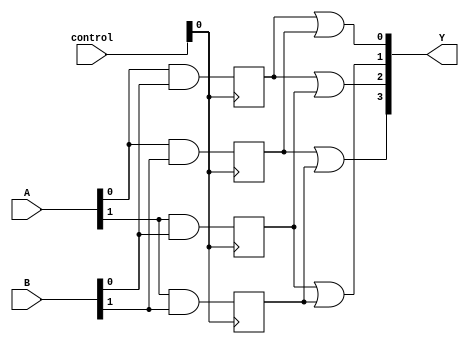
module FlashProgrammablePAL (
    input wire [2:0] A,       // Input signals A0, A1, A2
    input wire [2:0] B,       // Input signals B0, B1, B2
    input wire [1:0] control, // Control signals for programming
    output reg [3:0] Y        // Output signals Y0, Y1, Y2, Y3
);

// Parameters for number of AND gates and OR gates
parameter NUM_AND_GATES = 4;
parameter NUM_OUTPUTS = 4;

// Internal signals
reg [NUM_AND_GATES-1:0] and_inputs [2:0][2:0]; // AND gate configurations
reg [NUM_AND_GATES-1:0] and_outputs;            // Outputs from AND gates
reg [NUM_OUTPUTS-1:0] or_outputs;               // Outputs from OR gates

// Configuration Logic
always @(posedge control[0]) begin
    // Programming the AND gates based on control signals
    // For example, let's say when control[0] is high we program the AND gates
    // This is a simple example and can be expanded as needed
    and_inputs[0][0] <= A[0] & B[0]; // AND Gate 0
    and_inputs[0][1] <= A[0] & B[1]; // AND Gate 1
    and_inputs[1][0] <= A[1] & B[0]; // AND Gate 2
    and_inputs[1][1] <= A[1] & B[1]; // AND Gate 3
end

// Combine AND outputs using the fixed OR array
always @* begin
    and_outputs[0] = and_inputs[0][0]; // Input for AND Gate 0
    and_outputs[1] = and_inputs[0][1]; // Input for AND Gate 1
    and_outputs[2] = and_inputs[1][0]; // Input for AND Gate 2
    and_outputs[3] = and_inputs[1][1]; // Input for AND Gate 3

    // OR array logic (fixed OR gates)
    Y[0] = and_outputs[0] | and_outputs[1]; // Output 0
    Y[1] = and_outputs[2] | and_outputs[3]; // Output 1
    Y[2] = and_outputs[0] | and_outputs[2]; // Output 2
    Y[3] = and_outputs[1] | and_outputs[3]; // Output 3
end

endmodule